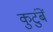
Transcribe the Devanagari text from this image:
कुटुंबें